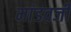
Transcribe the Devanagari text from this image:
मांडवजी